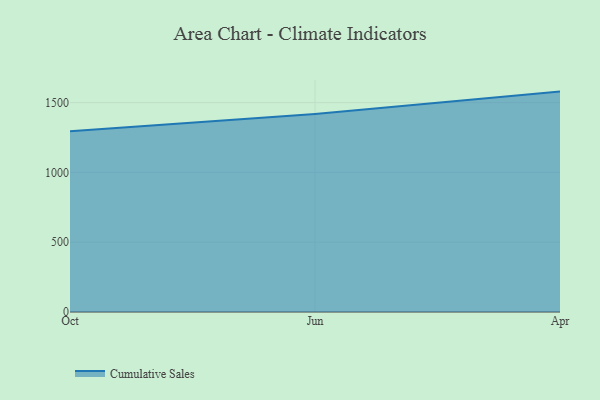
{"axis": {"x": "Month", "y": "Budget (USD K)"}, "legend": ["Cumulative Sales"], "data": [{"x": "Oct", "y": 1294.9, "type": "Cumulative Sales"}, {"x": "Jun", "y": 1419.2, "type": "Cumulative Sales"}, {"x": "Apr", "y": 1578.9, "type": "Cumulative Sales"}]}